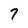
Character: 7